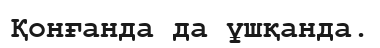
Қонғанда да ұшқанда.